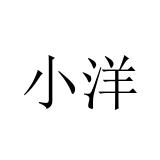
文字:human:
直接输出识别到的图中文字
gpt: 小洋